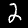
Digit: 2